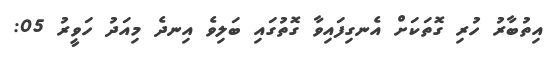
އިތުބާރު ހުރި ގޮތަކަށް އެނގިފައިވާ ގޮތުގައި ބަލިވެ އިނދެ މިއަދު ހަވީރު 05: